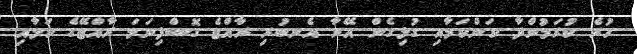
ހުރެ ކުރަމުންދާ ކަންކަމާއި ގުޅިގެން އޭނާ އެނބުރި ރާއްޖެ ގޮސްފިނަމަ ރާއްޖޭގެ ކަމާއި